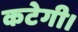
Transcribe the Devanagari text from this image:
कटेगी।